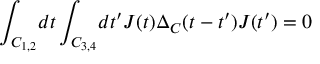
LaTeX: \int _ { C _ { 1 , 2 } } \! d t \int _ { C _ { 3 , 4 } } \! d t ^ { \prime } J ( t ) \Delta _ { C } ( t - t ^ { \prime } ) J ( t ^ { \prime } ) = 0